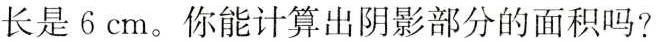
长是6cm。你能计算出阴影部分的面积吗?